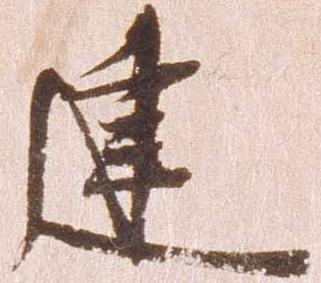
建